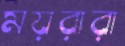
ময়রারা